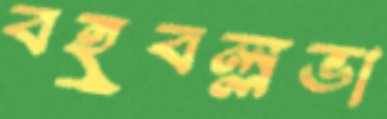
বহুবল্লভা